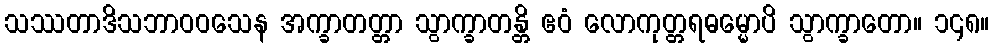
သဿတာဒိသဘာဝဝသေန အက္ခာတတ္တာ သွာက္ခာတန္တိ ဧဝံ လောကုတ္တရဓမ္မောပိ သွာက္ခာတော။ ၁၄၈။